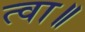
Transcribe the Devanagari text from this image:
त्वा॥